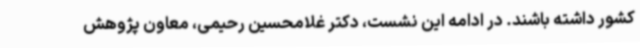
کشور داشته باشند. در ادامه این نشست، دکتر غلامحسین رحیمی، معاون پژوهش